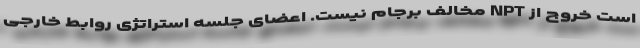
است خروج از NPT مخالف برجام نیست. اعضای جلسه استراتژی روابط خارجی